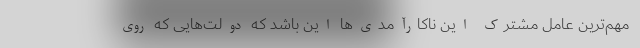
مهم‌ترین عامل مشترک این ناکارآمدی‌ها این باشد که دولت‌هایی که روی